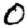
Digit: 0